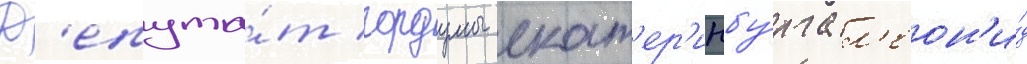
Д'епута́т гордумы екат'ер'инбу́рга л'еон'и́д